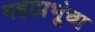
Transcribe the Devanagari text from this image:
महाप्रभूंचा